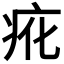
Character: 𭼇